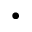
\bullet